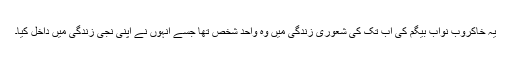
یہ خاکروب نواب بیگم کی اب تک کی شعوری زندگی میں وہ واحد شخص تھا جسے انہوں نے اپنی نجی زندگی میں داخل کیا۔